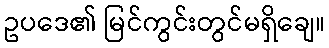
ဥပဒေ၏ မြင်ကွင်းတွင်မရှိချေ။